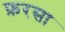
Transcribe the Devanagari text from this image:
फ़रसा